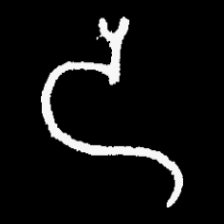
Pyu character \u2014 Myanmar letter: ဒ (romanized: da)